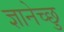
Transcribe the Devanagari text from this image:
ज्ञानेच्छु